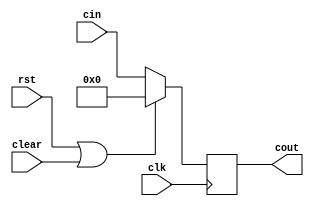
`timescale 1ns / 1ps
//////////////////////////////////////////////////////////////////////////////////
// Company: 
// Engineer: 
// 
// Design Name: 
// Module Name: floprc
// Project Name: 
// Target Devices: 
// Tool Versions: 
// Description: 
// 
// Dependencies: 
// 
// Revision:
// Revision 0.01 - File Created
// Additional Comments:
// 
//////////////////////////////////////////////////////////////////////////////////


module floprc #(parameter WIDTH = 8)(
	input clk,rst,clear,
	input wire[WIDTH-1:0] cin,
	output reg[WIDTH-1:0] cout
    );
	always @(posedge clk) begin
		if (rst || clear) begin
			// reset
			cout <= 0;
		end
		else  begin
			cout <= cin;
		end
	end
endmodule